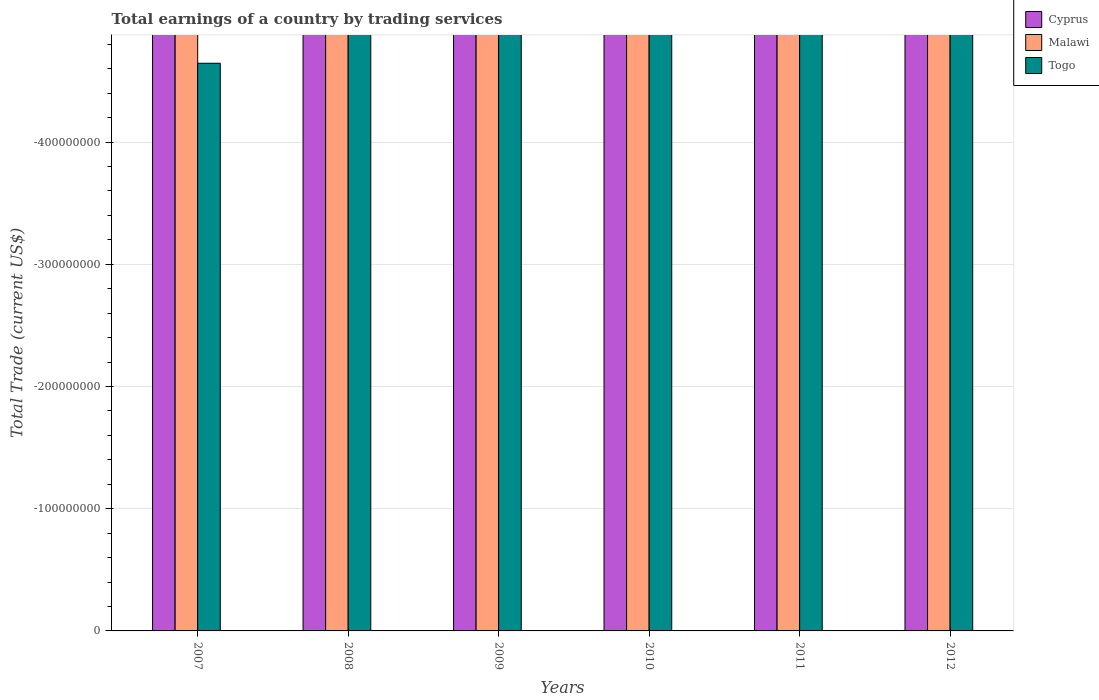
| Years | Cyprus | Malawi | Togo |
 | --- | --- | --- | --- |
 | 2007 | -1.43e+09 | -6.61e+08 | -4.65e+08 |
 | 2008 | -2.88e+09 | -9.53e+08 | -5.31e+08 |
 | 2009 | -1.28e+09 | -8.28e+08 | -4.93e+08 |
 | 2010 | -1.44e+09 | -1.24e+09 | -5.32e+08 |
 | 2011 | -1.06e+09 | -1.18e+09 | -8.06e+08 |
 | 2012 | -7.12e+08 | -1.14e+09 | -5.42e+08 |